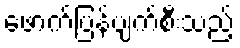
ဖောက်ပြန်ပျက်စီးသည့်